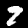
Digit: 9